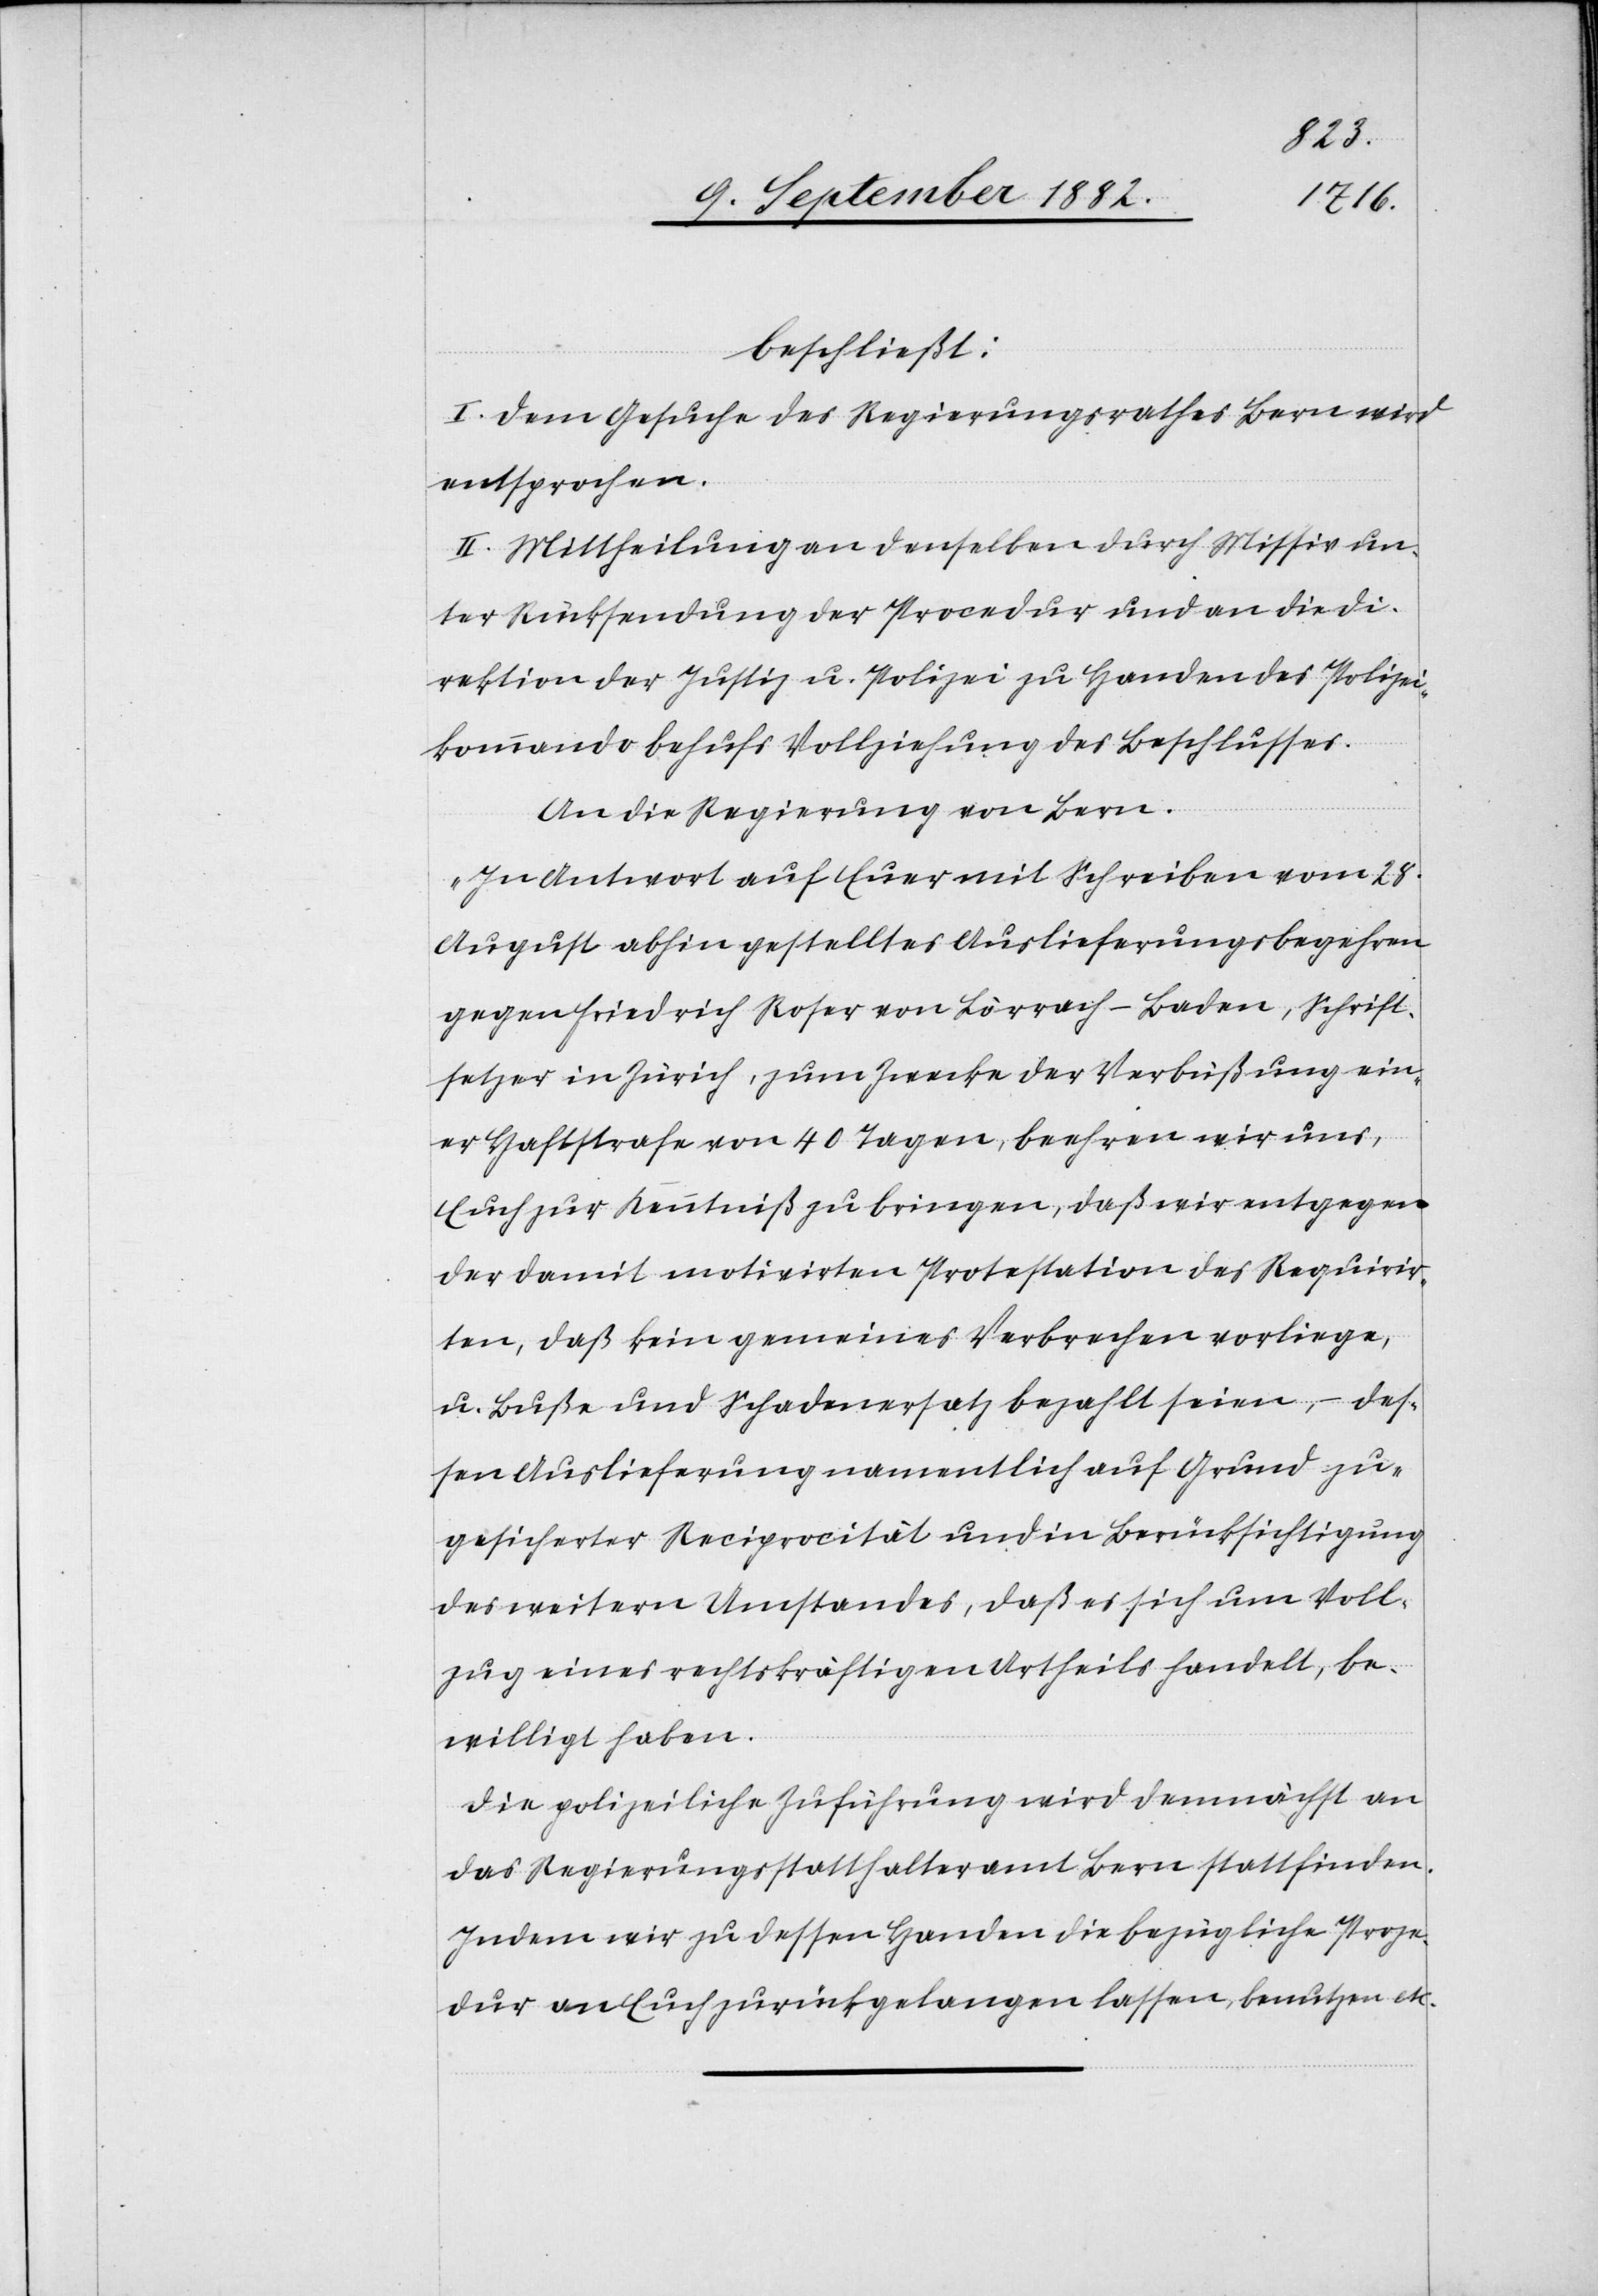
beschließt:
I. Dem Gesuche des Regierungsrathes Bern wird
entsprochen.
II. Mittheilung an denselben durch Missiv un¬
ter Rücksendung der Procedur und an die Di¬
rektion der Justiz & Polizei zu Handen des Polizei¬
kommando behufs Vollziehung des Beschlusses.
An die Regierung von Bern:
„In Antwort auf Euer mit Schreiben vom 28.
August abhin gestelltes Auslieferungsbegehren
gegen Friedrich Roser von Lörrach - Baden, Schrift¬
setzer in Zürich, zum Zwecke der Verbüßung ein¬
er Haftstrafe von 40 Tagen, beehren wir uns,
Euch zur Kenntniß zu bringen, daß wir entgegen
der damit motivirten Protestation des Requirir¬
ten, daß kein gemeines Verbrechen vorliege,
u. Buße und Schadenersatz bezahlt seien, – des¬
sen Auslieferung namentlich auf Grund zu¬
gesicherter Reciprocität und in Berücksichtigung
des weitern Umstandes, daß es sich um Voll¬
zug eines rechtskräftigen Urtheils handelt, be¬
willigt haben.
Die polizeiliche Zuführung wird demnächst an
das Regierungsstatthalteramt Bern stattfinden.
Indem wir zu dessen Handen die bezügliche Proze¬
dur an Euch zurückgelangen lassen, benutzen etc.[“]